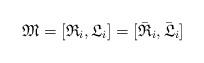
LaTeX: \begin{align*}\mathfrak{M} = [\mathfrak{R}_{i}, \mathfrak{L}_{i}] = [\bar{\mathfrak{R}}_{i}, \bar{\mathfrak{L}}_{i}]\end{align*}